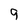
Character: 9